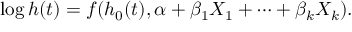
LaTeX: \log h ( t ) = f ( h _ { 0 } ( t ) , \alpha + \beta _ { 1 } X _ { 1 } + \cdots + \beta _ { k } X _ { k } ) .